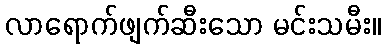
လာရောက်ဖျက်ဆီးသော မင်းသမီး။